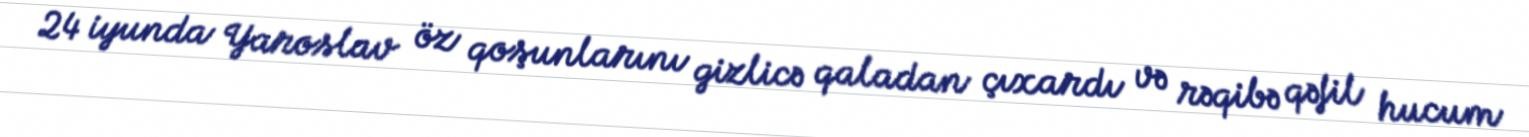
24 iyunda Yaroslav öz qoşunlarını gizlicə qaladan çıxardı və rəqibə qəfil hucum